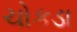
ચોકડા